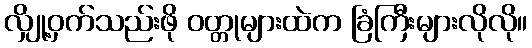
လျှို့ဝှက်သည်းဖို ဝတ္တုများထဲက ခြံကြီးများလိုလို။